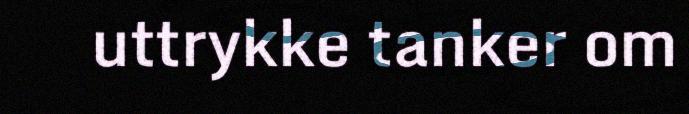
uttrykke tanker om